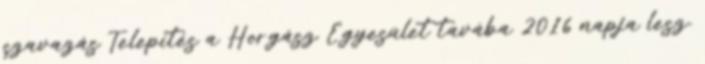
szavazás Telepítés a Horgász Egyesület tavába 2016 napja lesz.